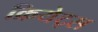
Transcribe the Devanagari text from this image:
क्रियेट्स